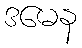
ဒမေန